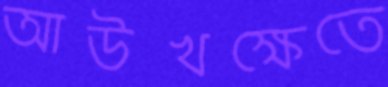
আউখক্ষেতে